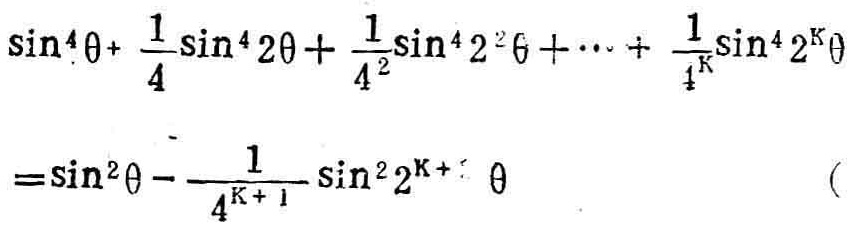
\(\sin^{4}\theta+\frac{1}{4}\sin^{4}2\theta+\frac{1}{4^{2}}\sin^{4}2^{2}\theta+\cdots+\frac{1}{4^{K}}\sin^{4}2^{K}\theta=\sin^{2}\theta-\frac{1}{4^{K + 1}}\sin^{2}2^{K + 1}\theta\)